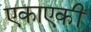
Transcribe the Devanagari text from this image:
एकाएकीं